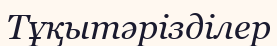
Тұқытәрізділер